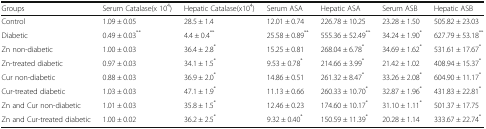
| Groups | Serum Catalase​(x 104) | Hepatic Catalase​(x104) | Serum ASA | Hepatic ASA | Serum ASB | Hepatic ASB |
 | --- | --- | --- | --- | --- | --- | --- |
 | Control | 1.09 ± 0.05 | 28.5 ± 1.4 | 12.01 ± 0.74 | 226.78 ± 10.25 | 23.28 ± 1.50 | 505.82 ± 23.03 |
 | Diabetic | 0.49 ± 0.03** | 4.4 ± 0.4** | 25.58 ± 0.89** | 555.36 ± 52.49** | 34.24 ± 1.90* | 627.79 ± 53.18** |
 | Zn non-diabetic | 1.00 ± 0.03 | 36.4 ± 2.8* | 15.25 ± 0.81 | 268.04 ± 6.78* | 34.69 ± 1.62* | 531.61 ± 17.67* |
 | Zn-treated diabetic | 0.97 ± 0.03 | 34.1 ± 1.5* | 9.53 ± 0.78* | 214.66 ± 3.99* | 21.42 ± 1.02 | 408.94 ± 15.37* |
 | Cur non-diabetic | 0.88 ± 0.03 | 36.9 ± 2.0* | 14.86 ± 0.51 | 261.32 ± 8.47* | 33.26 ± 2.08* | 604.90 ± 11.17* |
 | Cur-treated diabetic | 1.03 ± 0.03 | 47.1 ± 1.9* | 11.13 ± 0.66 | 260.33 ± 10.70* | 32.87 ± 1.96* | 431.83 ± 22.81* |
 | Zn and Cur non-diabetic | 1.01 ± 0.03 | 35.8 ± 1.5* | 12.46 ± 0.23 | 174.60 ± 10.17* | 31.10 ± 1.11* | 501.37 ± 17.75 |
 | Zn and Cur-treated diabetic | 1.00 ± 0.02 | 36.2 ± 2.5* | 9.32 ± 0.40* | 150.59 ± 11.39* | 20.28 ± 1.14 | 333.67 ± 22.74* |